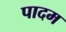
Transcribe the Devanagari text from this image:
पादम